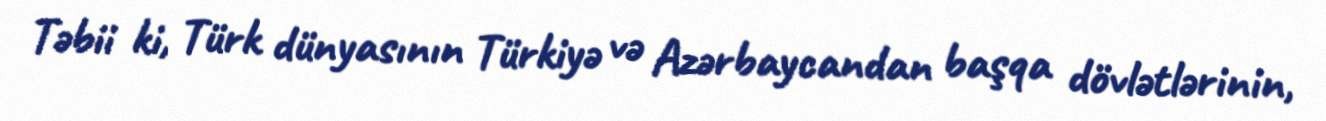
Təbii ki, Türk dünyasının Türkiyə və Azərbaycandan başqa dövlətlərinin,